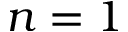
n = 1